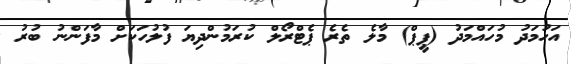
އަހުމަދު މުހައްމަދު (ޕީޕް) މާލެ ތެރެ ޕެޓްރޯލް ކުރަމުންދިޔަ ފުލުހަކަށް މާފަންނު ބުރު